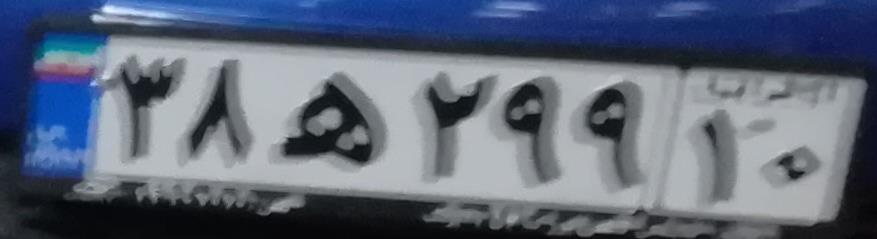
۳۸ه۲۹۹۱۰